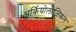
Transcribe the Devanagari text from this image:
अर्कियोलोजिकल